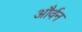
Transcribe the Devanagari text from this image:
और्वन